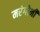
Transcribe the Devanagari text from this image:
मरंगोनी